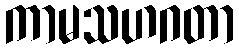
ကာမသဟဂတာ